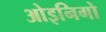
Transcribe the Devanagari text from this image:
ओइनिगो